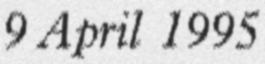
9 April 1995